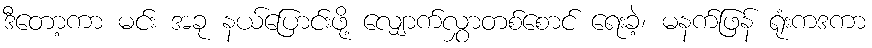
ဒီတော့ကာ မင်း အခု နယ်ပြောင်းဖို့ လျှောက်လွှာတစ်စောင် ရေးခဲ့၊ မနက်ဖြန် ရုံးကဒကာ